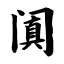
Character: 阗